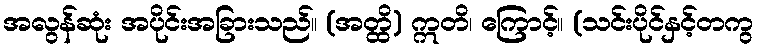
အလွန်ဆုံး အပိုင်းအခြားသည်။ (အတ္ထိ) ဣတိ၊ ကြောင့်။ (သင်းပိုင်နှင့်တကွ